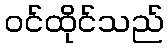
ဝင်ထိုင်သည်